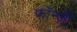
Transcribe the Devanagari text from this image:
फॉन्ज़ी